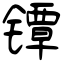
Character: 镡